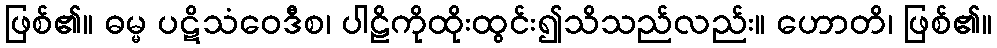
ဖြစ်၏။ ဓမ္မ ပဋိသံဝေဒီစ၊ ပါဠိကိုထိုးထွင်း၍သိသည်လည်း။ ဟောတိ၊ ဖြစ်၏။